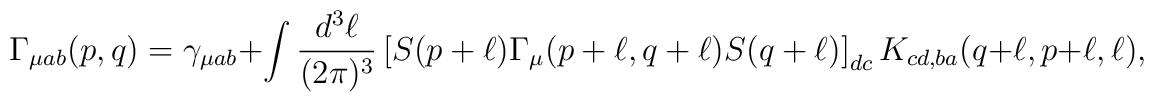
\Gamma_{\mu ab}(p,q) = \gamma_{\mu ab} + \int \frac{d^3\ell}{(2\pi)^3}  \left[S(p + \ell)\Gamma_\mu(p + \ell,q + \ell)S(q + \ell)\right]_{dc}       K_{cd,ba}(q + \ell,p + \ell,\ell),